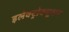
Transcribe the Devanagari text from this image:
इलेक्ट्रोक्यूशन